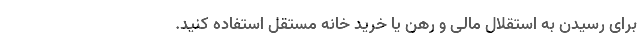
برای رسیدن به استقلال مالی و رهن یا خرید خانه مستقل استفاده کنید.